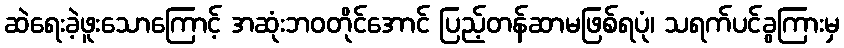
ဆဲရေးခဲ့ဖူးသောကြောင့် အဆုံးဘဝတိုင်အောင် ပြည့်တန်ဆာမဖြစ်ရပုံ၊ သရက်ပင်ခွကြားမှ